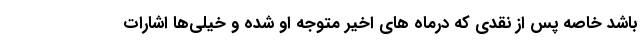
باشد خاصه پس از نقدی که درماه های اخیر متوجه او شده و خیلی‌ها اشارات